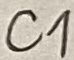
Text: C1